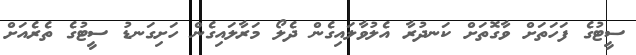
ސީޓުގެ ފަހަތަށް ވާގޮތަށް ކަނދުރާ އެލުވާލައިގެން ދެލޯ މަރާލައިގެން ހަށިގަނޑު ސީޓުގެ ތެރެއަށް